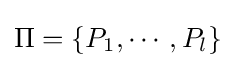
\Pi =\{P_{1},\cdots ,P_{l}\}